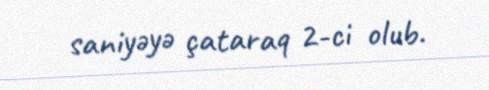
saniyəyə çataraq 2-ci olub.